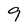
Character: 9